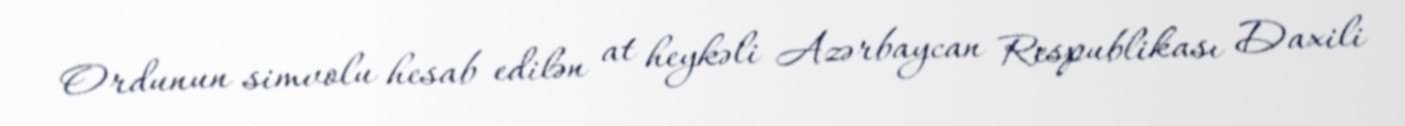
Ordunun simvolu hesab edilən at heykəli Azərbaycan Respublikası Daxili